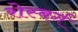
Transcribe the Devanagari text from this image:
रोस्बर्ग